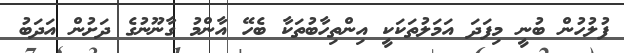
ފުލުހުން ބުނީ މިފަދަ އަމަލުތަކަކީ އިންތިހާބުތަކާ ބެހޭ އާންމު ގާނޫނުގެ ދަށުން އަދަބު